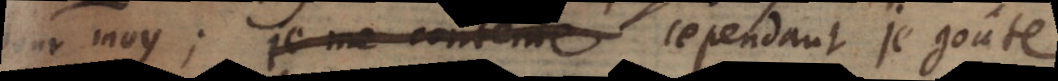
pour moy; je me contente cependant je goûte